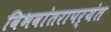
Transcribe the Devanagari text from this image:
विभवांतरापर्यंत